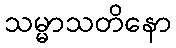
သမ္မာသတိနော